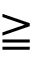
\geqq